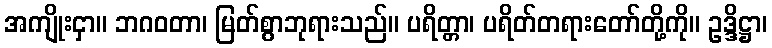
အကျိုးငှာ။ ဘဂဝတာ၊ မြတ်စွာဘုရားသည်။ ပရိတ္တာ၊ ပရိတ်တရားတော်တို့ကို။ ဥဒ္ဒိဋ္ဌာ၊